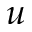
\boldsymbol { u }